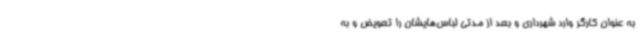
به عنوان کارگر وارد شهرداری و بعد از مدتی لباس‌هایشان را تعویض و به